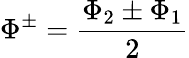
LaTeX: \Phi^{\pm}=\frac{\Phi_{2}\pm\Phi_{1}}{2}